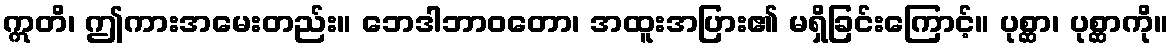
ဣတိ၊ ဤကားအမေးတည်း။ ဘေဒါဘာဝတော၊ အထူးအပြား၏ မရှိခြင်းကြောင့်။ ပုစ္ဆာ၊ ပုစ္ဆာကို။